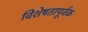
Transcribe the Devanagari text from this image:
विशेषतापूर्वक